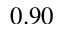
0 . 9 0